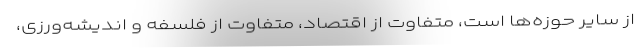
از سایر حوزه‌ها است، متفاوت از اقتصاد، متفاوت از فلسفه و اندیشه‌ورزی،